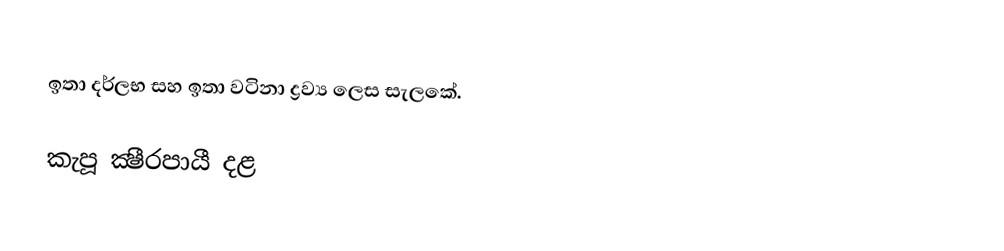
ඉතා දර්ලභ සහ ඉතා වටිනා ද්‍රව්‍ය ලෙස සැලකේ.

කැපූ ක්‍ෂීරපායී දළ